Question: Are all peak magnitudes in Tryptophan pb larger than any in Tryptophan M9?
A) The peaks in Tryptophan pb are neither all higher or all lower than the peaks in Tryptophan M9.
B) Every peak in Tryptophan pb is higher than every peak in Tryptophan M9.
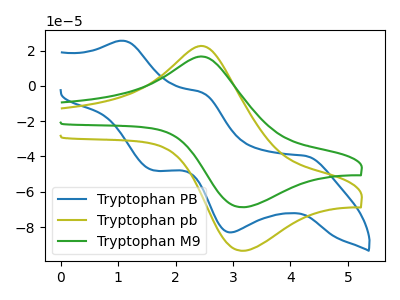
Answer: <think>The blue curve "Tryptophan PB" has anodic peaks at (1.10V, 25.50uA) (2.45V, -3.95uA) and cathodic peaks at (4.25V, -39.70uA) (2.95V, -83.05uA) (1.60V, -47.85uA). The olive curve "Tryptophan pb" has an anodic peak at (2.50V, 22.25uA) and a cathodic peak at (3.15V, -93.45uA). The green curve "Tryptophan M9" has an anodic peak at (2.50V, 16.35uA) and a cathodic peak at (3.15V, -68.80uA).</think>
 <answer>B) Every peak in "Tryptophan pb" is higher than every peak in "Tryptophan M9".</answer>
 <eval>B</eval>